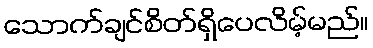
သောက်ချင်စိတ်ရှိပေလိမ့်မည်။